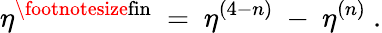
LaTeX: \eta^{\mathrm{\footnotesize{fin}}}~=~\eta^{(4-n)}~-~\eta^{(n)}~.